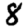
Digit: 8